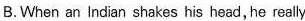
B. When an Indian shakes his head, he really